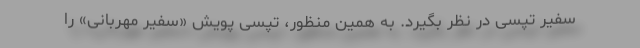
سفیر تپسی در نظر بگیرد. به همین منظور، تپسی پویش «سفیر مهربانی» را